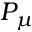
P _ { \mu }